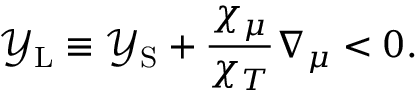
\ensuremath { \mathcal { Y } _ { \mathrm { { L } } } } \equiv \ensuremath { \mathcal { Y } _ { \mathrm { { S } } } } + \frac { \chi _ { \mu } } { \chi _ { T } } \ensuremath { \nabla _ { \mu } } < 0 .